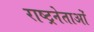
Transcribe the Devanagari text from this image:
राष्ट्रनेताओं